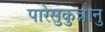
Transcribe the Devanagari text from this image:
पारेसुकुन्नानु